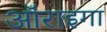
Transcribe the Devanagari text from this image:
ऑराइगा